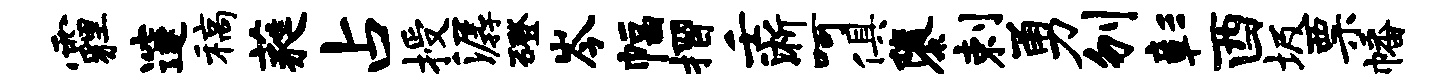
霾邃稿蕤占授潺磴岑幅摺壬淅呵俱隳剌勇刎彰酉圾票幡